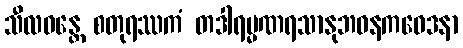
သီလဝန္တေ စတုရဿကံ တဒါရမ္မဏရသာနုဘဝနကဝေဒနာ